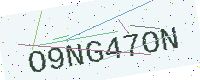
Text: O9NG47ON